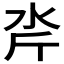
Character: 𪵮